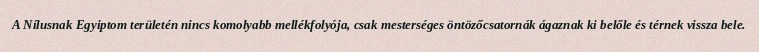
A Nílusnak Egyiptom területén nincs komolyabb mellékfolyója, csak mesterséges öntözőcsatornák ágaznak ki belőle és térnek vissza bele.